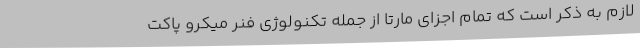
لازم به ذکر است که تمام اجزای مارتا از جمله تکنولوژی فنر میکرو پاکت